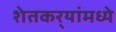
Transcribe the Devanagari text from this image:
शेतकर्‍यांमध्ये